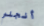
أنجلو